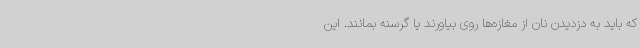
که باید به دزدیدن نان از مغازه‌ها روی بیاورند یا گرسنه بمانند. این